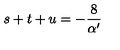
s + t + u = - \frac { 8 } { \alpha ^ { \prime } }